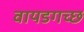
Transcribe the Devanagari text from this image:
वायडगच्छ